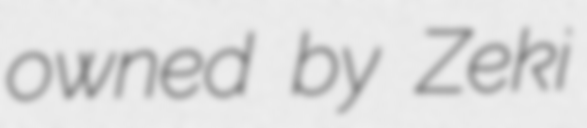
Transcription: owned by Zeki